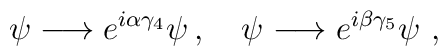
\psi\longrightarrow{e}^{i\alpha\gamma_{4}}\psi\,,\quad\psi\longrightarrow{e}^{i\beta\gamma_{5}}\psi\ ,